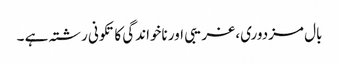
بال مزدوری، غریبی اور ناخواندگی کا تکونی رشتہ ہے ۔